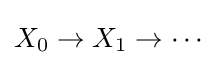
X_{0}\to X_{1}\to \cdots